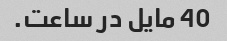
40 مایل در ساعت.